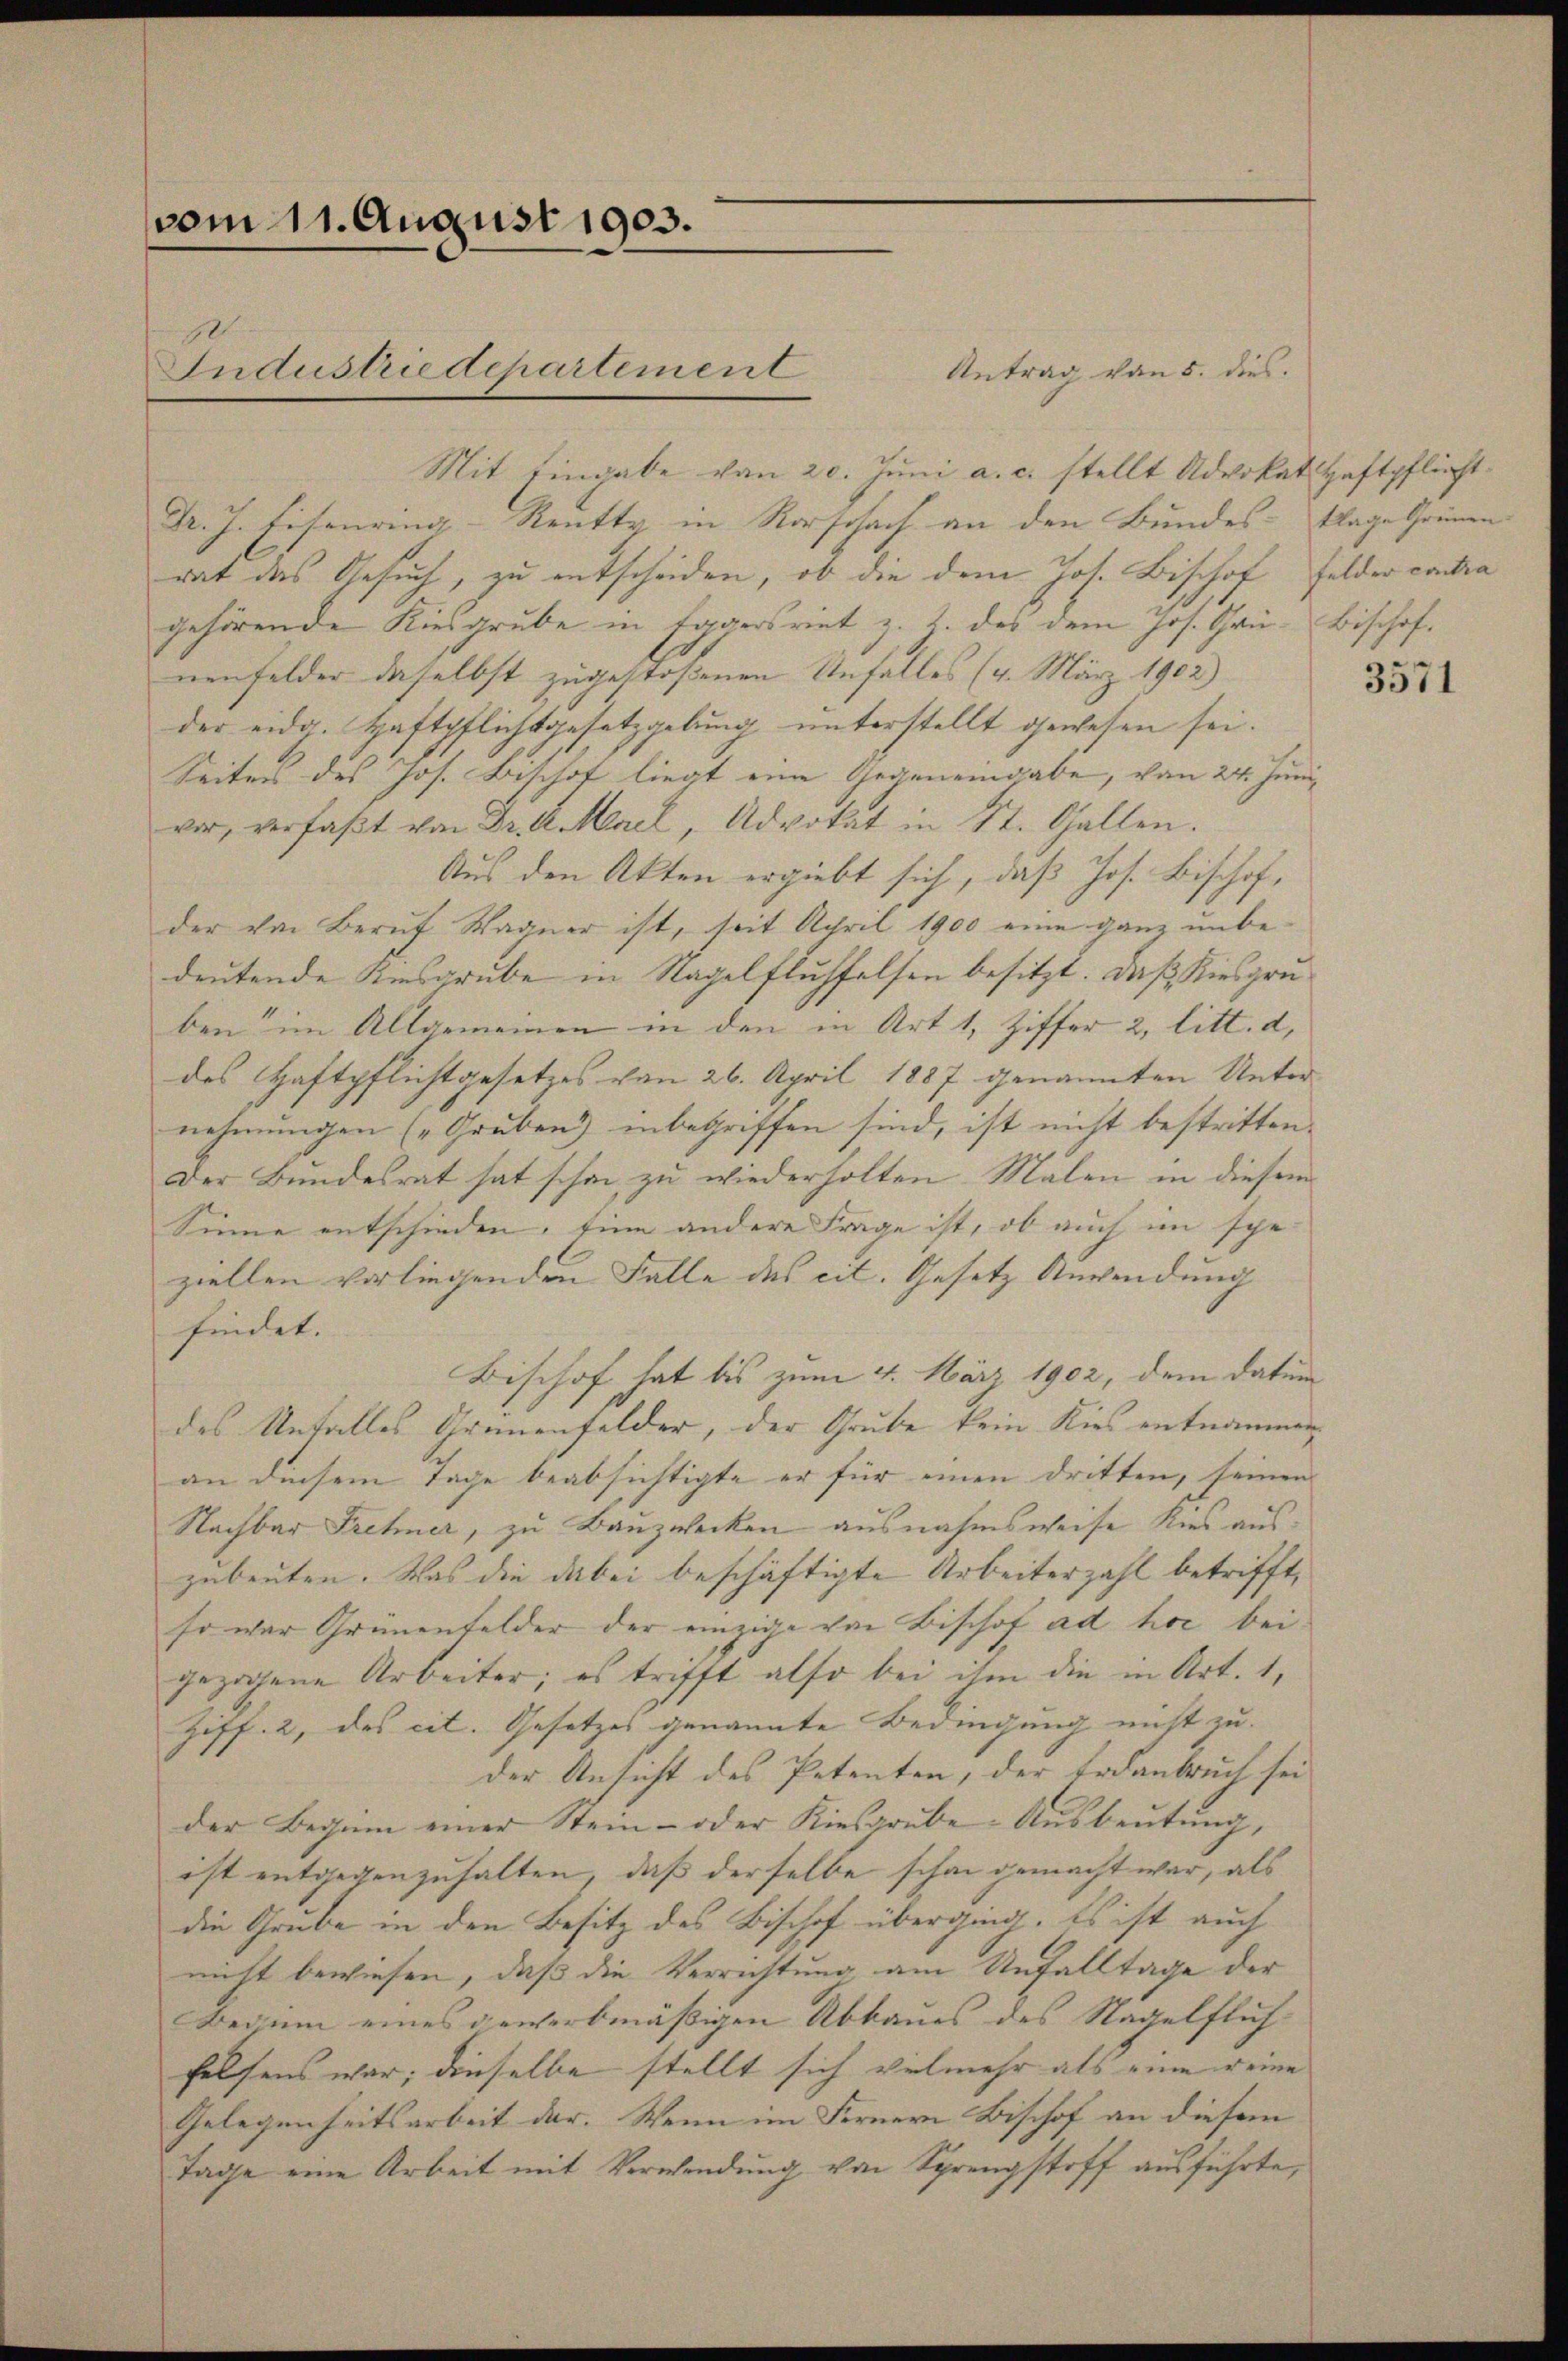
vom 11. August 1903.
Jndustriedepartement

Antrag von 5. dies
Mit Eingabe von 20. Juni a. c. stellt Advokat Haftpflicht
Dr. J. Eisenring-Reutty in Rorschach an den Bundes-Klage Grünen
rat das Gesuch, zu entscheiden, ob die dem Jos. Bischof Felder contra
gehörende Kiesgrube in Eggersriet z. Z. des dem Jos. Grü- Bischofnenfelder daselbst zugestoßenen Unfalles (4. März 1902)
der eidg. Haftpflichtgesetzgebung unterstellt gewesen sei.
Seiter des Jos. Bischof liegt eine Gegeneingabe, von 24. Juni
vor, verfaßt von Dr. A. Mael, Advokat in St. Gallen.
Aus den Akten ergiebt sich, daß Jos. Bischof,
der von Beruf Wagner ist, seit April 1900 eine ganz unbedeutende Kiesgrube in Nagelflühselsen besitzt. Daß Kiesgruben im Allgemeinen in den in Art 1, Ziffer 2, litt. d,
des Haftpflichtgesetzes von 26. April 1887 genannten Unternehmungen („Gruben) inbegriffen sind, ist nicht bestritten.
Der Bundesrat hat schon zu wiederholten Malen in diesem
Sinne entschieden, Eine andere Frage ist, ob auch im spe-
ziellen vorliegenden Falle des cit. Gesetz Anwendung
findet. |
Bischof hat bis zum 4. März 1902, dem datum
des Unfalles Grünenfelder, der Grube kein Kies entnommen
an diesem Tage beabsichtigte er für einen dritten, seinen
Nachbar Frehmer, zu Bauzwecken ausnahmsweise Kies auszubeuten. Was die dabei beschäftigte Arbeiterzahl betrifft,
so war Grünenfelder der einzige von Bischof ad hoc bei
gezogene Arbeiter; es trifft also bei ihm die in Art. 1,
Ziff. 2, des cit. Gesetzes genannte Bedingung nicht zu.
der Ansicht des Petenten, der Erdanbruch sei
der Beginn einer Stein- oder Kiesgrube Ausbeutung,
ist entgegenzuhalten, daß derselbe schon gemacht war, als
die Grube in den Besitz des Bischof überging. Es ist auch
nicht bewiesen, daß die Verrichtung am Unfalltage der
Bei im eines gewerbmäßigen Abbaues des Nagelflich-
felsens war; dieselbe stellt sich vielmehr als eine reine
Gelegenheitsarbeit dar. Wenn im Fernern Bischof an diesem
Tage eine Arbeit mit Verwendung von Sprengstoff ausführte,

3571